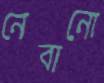
নেবানো